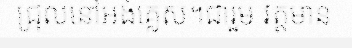
ជ្រុលនៅអង់គ្លេស។ជារួម វត្តមាន